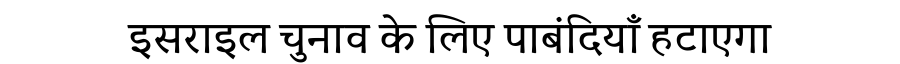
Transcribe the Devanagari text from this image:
इसराइल चुनाव के लिए पाबंदियाँ हटाएगा